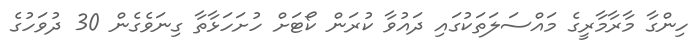
ހިންގާ މާރާމާރީގެ މައްސަލަތަކުގައި ދައުވާ ކުރަން ކޯޓަށް ހުށަހަޅާތާ ގިނަވެގެން 30 ދުވަހުގެ